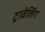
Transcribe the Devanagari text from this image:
ट्रावेलिंग